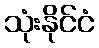
သုံးနိုင်ငံ